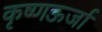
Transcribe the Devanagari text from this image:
कृष्णऊर्जा